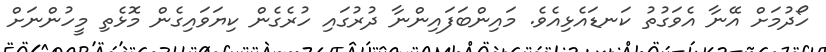
ހޯދުމަށް އޭނާ އެވަގުތު ކަނޑައެޅިއެވެ. މައިންބަފައިންނާ ދުރުގައި ހުރެގެން ކިޔަވައިގެން މޮޅެތި މީހުންނަށް